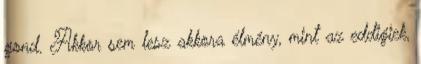
gond. Akkor sem lesz akkora élmény, mint az eddigiek,